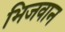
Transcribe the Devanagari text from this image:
भिजवान